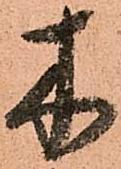
木